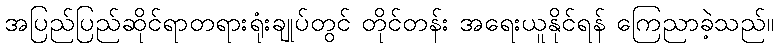
အပြည်ပြည်ဆိုင်ရာတရားရုံးချုပ်တွင် တိုင်တန်း အရေးယူနိုင်ရန် ကြေညာခဲ့သည်။